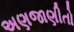
અણજાણીતો